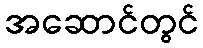
အဆောင်တွင်